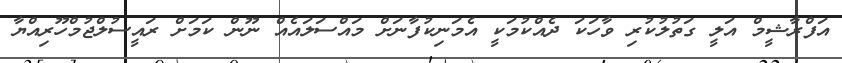
އަފްރާޝީމް އަލީ ގަތުލުކުރި ވާހަކަ ދެއްކުމަކީ އެމަނިކުފާނަށް މައްސަލައެއް ނޫން ކަމަށް ރައީސުލްޖުމްހޫރިއްޔާ